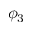
\phi _ { 3 }